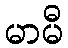
မာမီ